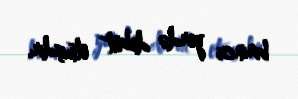
birinci yerdə debüt etmişdir.